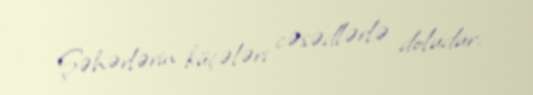
Şəhərlərin küçələri cəsədlərlə doludur.